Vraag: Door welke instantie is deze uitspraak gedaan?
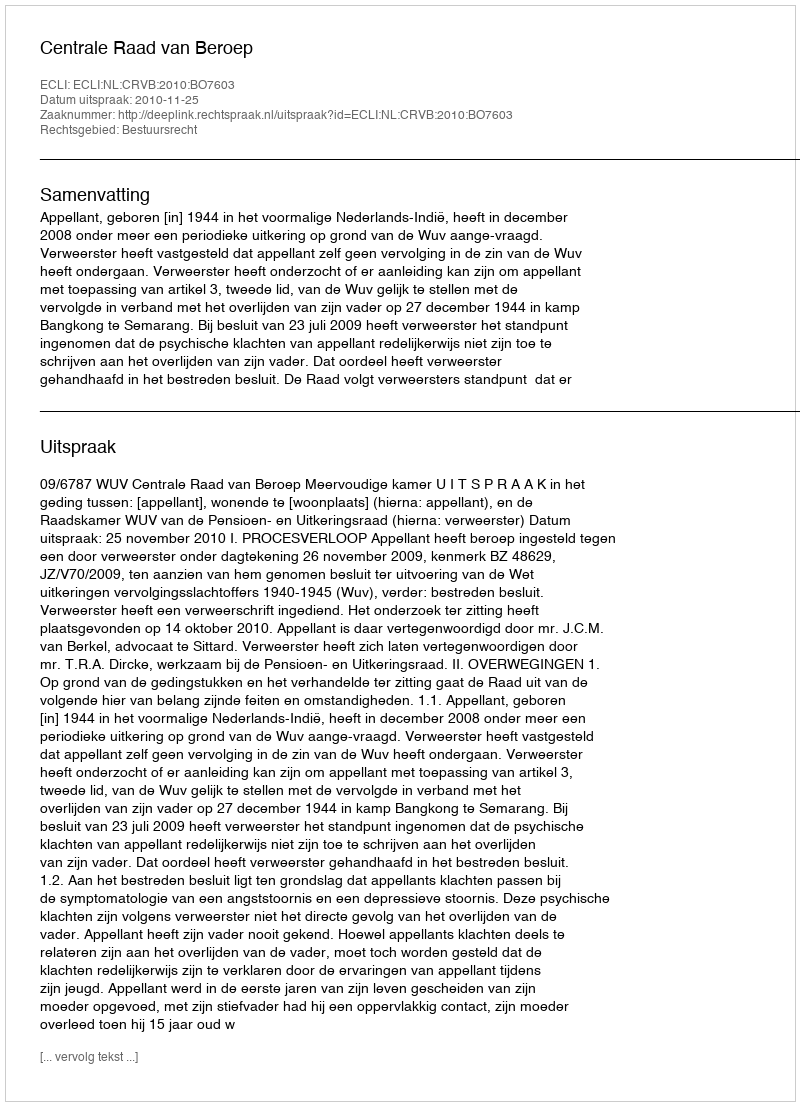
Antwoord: Centrale Raad van Beroep